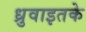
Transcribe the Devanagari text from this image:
ध्रुवाइतके